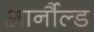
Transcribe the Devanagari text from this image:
आर्नौल्ड